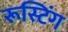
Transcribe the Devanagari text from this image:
रूस्टिंग